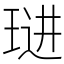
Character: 琎